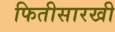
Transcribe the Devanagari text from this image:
फितीसारखी